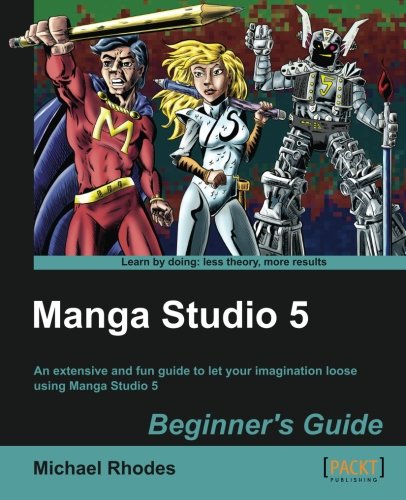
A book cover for Manga Studio 5, Beginner's Guide; Michael Rhodes; Computers & Technology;